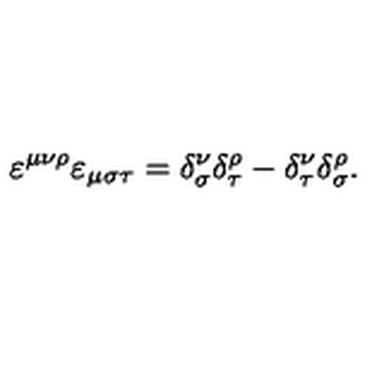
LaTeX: \varepsilon ^ { \mu \nu \rho } \varepsilon _ { \mu \sigma \tau } = \delta _ { \sigma } ^ { \nu } \delta _ { \tau } ^ { \rho } - \delta _ { \tau } ^ { \nu } \delta _ { \sigma } ^ { \rho } .